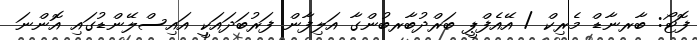
ފޮޓޯ: ބާރނާޑް މެރިކް / އޭއެފްޕީ ބަރްދުބާރބުންގާ އަލިފާން ފަރުބަދައަކީ އައިސްލޭންޑުގައި އޮންނަ